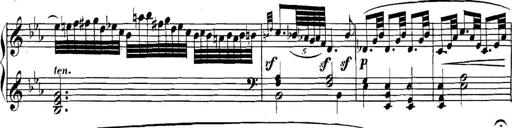
Title: Collected Piano Sonatas
Composer: Muzio Clementi